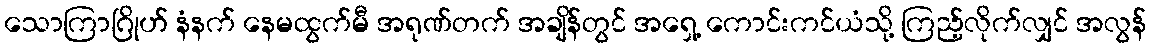
သောကြာဂြိုဟ် နံနက် နေမထွက်မီ အရုဏ်တက် အချိန်တွင် အရှေ့ ကောင်းကင်ယံသို့ ကြည့်လိုက်လျှင် အလွန်